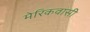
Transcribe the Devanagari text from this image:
मेरिकवासी